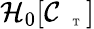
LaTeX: \mathcal{H}_{0}[\mathcal{C}_{\mathrm{~\tiny~\textnormal~{~T~}~}}]